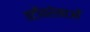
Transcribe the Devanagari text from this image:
तटीयरेखाओं